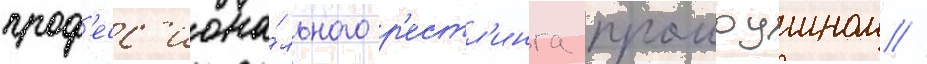
проф'есс'иона́льного р'естл'инга промоушном //